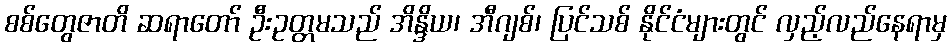
စစ်တွေဇာတိ ဆရာတော် ဦးဥတ္တမသည် အိန္ဒိယ၊ အီဂျစ်၊ ပြင်သစ် နိုင်ငံများတွင် လှည့်လည်နေရာမှ